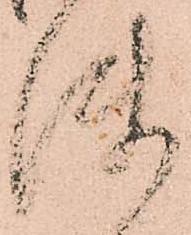
使